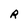
Character: R